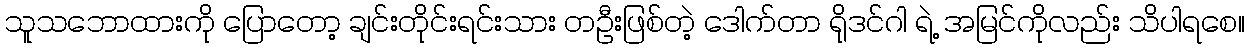
သူသဘောထားကို ပြောတော့ ချင်းတိုင်းရင်းသား တဦးဖြစ်တဲ့ ဒေါက်တာ ရိုဒင်ဂါ ရဲ့ အမြင်ကိုလည်း သိပါရစေ။